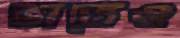
ভাতেও